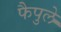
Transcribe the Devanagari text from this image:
फैपुले